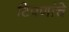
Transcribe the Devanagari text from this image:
टिपणांचे